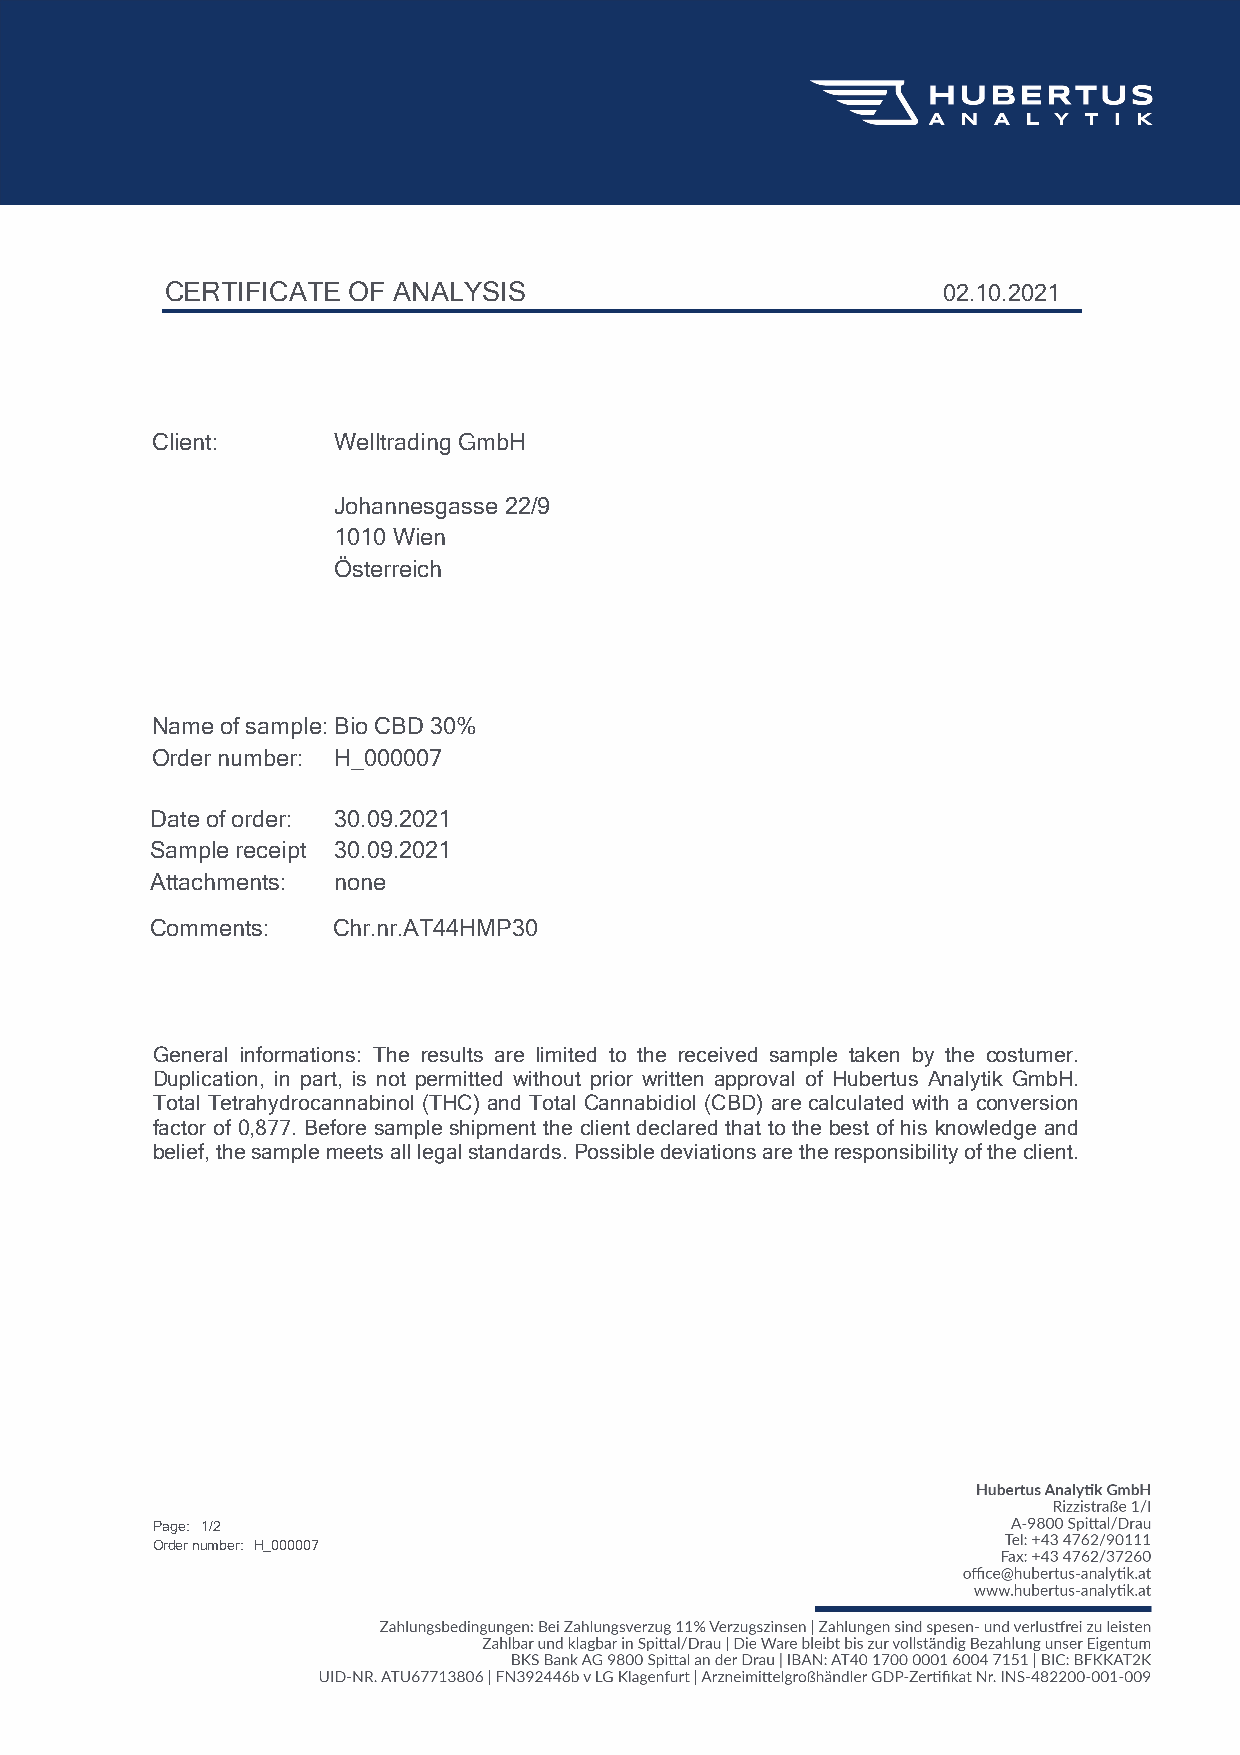
CERTIFICATE OF ANALYSIS                            02.10.2021
 Client:     Welltrading GmbH
 Johannesgasse 22/9
 1010 Wien
 Österreich
 Name of sample:Bio CBD 30%
 Order number: H_000007
 Date of order: 30.09.2021
 Sample receipt 30.09.2021
 Attachments: none
 Comments:   Chr.nr.AT44HMP30
 General informations: The results are limited to the received sample taken by the costumer.
 Duplication, in part, is not permitted without prior written approval of Hubertus Analytik GmbH.
 Total Tetrahydrocannabinol (THC) and Total Cannabidiol (CBD) are calculated with a conversion
 factor of 0,877. Before sample shipment the client declared that to the best of his knowledge and
 belief,thesamplemeetsalllegalstandards.Possibledeviationsaretheresponsibilityoftheclient.
 Page: 1/2
 Order number: H_000007